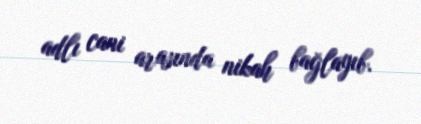
adlı cani arasında nikah bağlayıb.